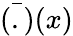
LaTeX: {\bar{(.)}}(x)